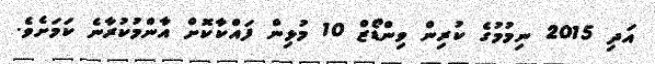
އަދި 2015 ނިމުމުގެ ކުރިން ވިންޑޯޒް 10 މުޅިން ފައްކާކޮށް އާންމުކުރާނެ ކަމަށެވެ.